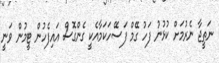
ނަތީޖާ ނެރުމަށް ކުޅުނު ފަހު ގޭމް ފަސޭހަކަމާއެކީ ގެންގޮސް އައިފެހުން ޓީމުން ވަނީ